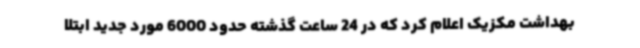
بهداشت مکزیک اعلام کرد که در 24 ساعت گذشته حدود 6000 مورد جدید ابتلا